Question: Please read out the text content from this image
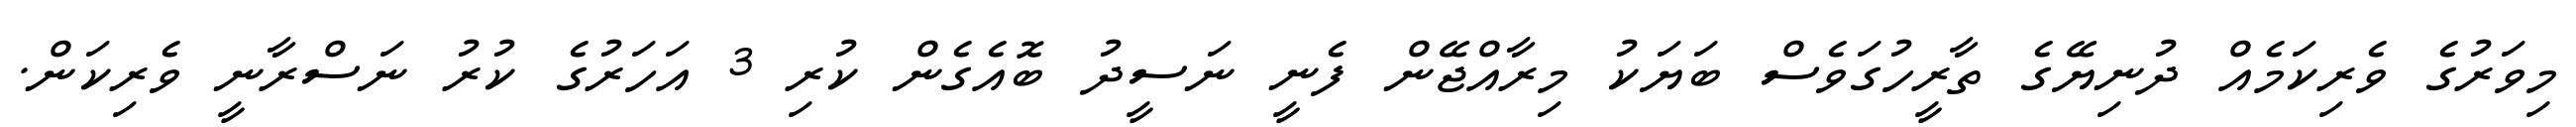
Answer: މިވަރުގެ ވެރިކަމެއް ދުނިޔޭގެ ތާރީހުގަވެސް ބަޔަކު މިރާއްޖޭން ފެނީ ނަސީދު ބޮއެގެން ކުރި 3 އަހަރުގެ ކުރު ނަސްރާނީ ވެރިކަން.